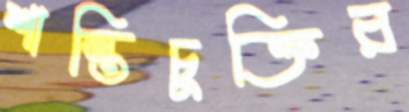
শান্তিচুক্তির